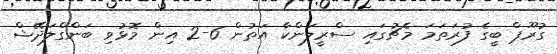
ގުރޫޕް ބީގެ ފުރަތަމަ މެޗުގައި ސްރީލަންކާ އަތުން 6-2 އިން މޮޅުވި ބަންގްލަދޭޝް